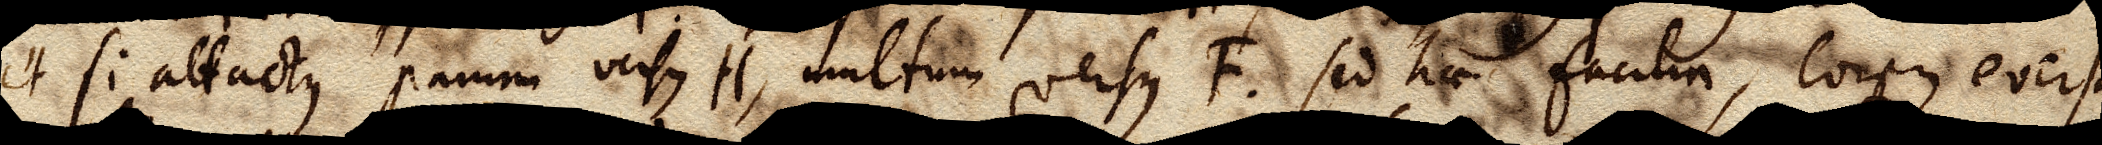
et si attractus parum versus H, multum versus F. Sed hae facilia, corpus eversum